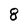
Character: 8